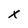
Character: x